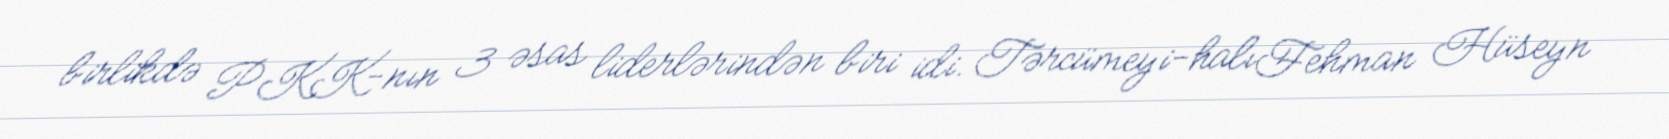
birlikdə PKK-nın 3 əsas liderlərindən biri idi. Tərcümeyi-halıFehman Hüseyn